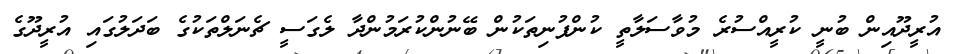
އުރީދޫއިން ބުނީ ކުރީއްސުރެ މުވާސަލާތީ ކުންފުނިތަކުން ބޭނުންކުރަމުންދާ ލެގަސީ ޗެނަލްތަކުގެ ބަދަލުގައި އުރީދޫގެ